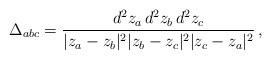
\begin{align*}\Delta_{abc} = {d^2z_a \, d^2 z_b \, d^2 z_c \over |z_a - z_b|^2 |z_b - z_c|^2 |z_c-z_a|^2 } \,,\end{align*}